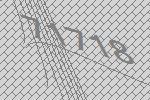
71718